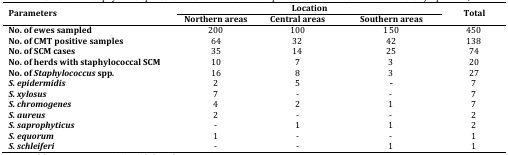
| <ROWSPAN=2> Parameters | <COLSPAN=3> Location | <ROWSPAN=2> Total |
 | Northern areas | Central areas | Southern areas |
 | --- | --- | --- | --- | --- |
 | No. of ewes sampled | 200 | 100 | 150 | 450 |
 | No. of CMT positive samples | 64 | 32 | 42 | 138 |
 | No. of SCM cases | 35 | 14 | 25 | 74 |
 | No. of herds with staphylococcal SCM | 10 | 7 | 3 | 20 |
 | No. of Staphylococcus spp. | 16 | 8 | 3 | 27 |
 | S. epidermidis | 2 | 5 | - | 7 |
 | S. xylosus | 7 | - | - | 7 |
 | S. chromogenes | 4 | 2 | 1 | 7 |
 | S. aureus | 2 | - | - | 2 |
 | S. saprophyticus | - | 1 | 1 | 2 |
 | S. equorum | 1 | - | - | 1 |
 | S. schleiferi | - | - | 1 | 1 |